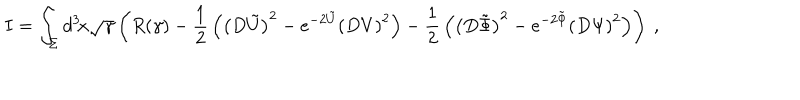
I = \int _ { \Sigma } d ^ { 3 } \! x \sqrt { \gamma } \left( R ( \gamma ) - { \frac { 1 } { 2 } } \left( \left( D \tilde { U } \right) ^ { 2 } - e ^ { - 2 \tilde { U } } \left( D V \right) ^ { 2 } \right) - { \frac { 1 } { 2 } } \left( \left( D \tilde { \Phi } \right) ^ { 2 } - e ^ { - 2 \tilde { \Phi } } \left( D \Psi \right) ^ { 2 } \right) \right) \ ,